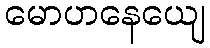
မောဟနေယျေ